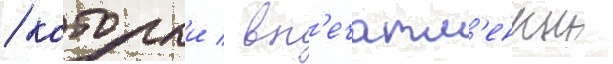
/ которыи / вп'ечатл'енныи